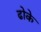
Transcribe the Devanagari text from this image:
ढोके